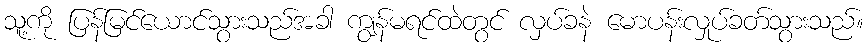
သူ့ကို ပြန်မြင်ယောင်သွားသည်အခါ ကျွန်မရင်ထဲတွင် လှပ်ခနဲ မောပန်းလှုပ်ခတ်သွားသည်။